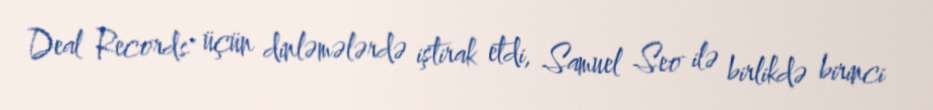
Deal Records" üçün dinləmələrdə iştirak etdi, Samuel Seo ilə birlikdə birinci